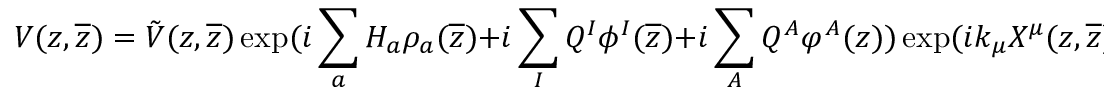
V ( z , { \overline { { z } } } ) = { \tilde { V } } ( z , { \overline { { z } } } ) \exp ( i \sum _ { a } H _ { a } \rho _ { a } ( { \overline { { z } } } ) + i \sum _ { I } Q ^ { I } \phi ^ { I } ( { \overline { { z } } } ) + i \sum _ { A } Q ^ { A } \varphi ^ { A } ( z ) ) \exp ( i k _ { \mu } { \cal X } ^ { \mu } ( z , { \overline { { z } } } ) ) ~ ,